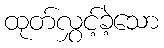
ထုတ်လွှင့်ခဲ့သော